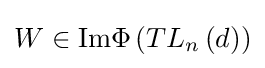
W\in {\text{Im}}\Phi \left(TL_{n}\left(d\right)\right)